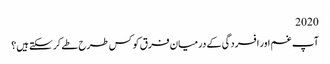
2020
آپ غم اور افسردگی کے درمیان فرق کو کس طرح طے کرسکتے ہیں؟